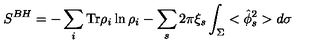
S ^ { B H } = - \sum _ { i } \mathrm { T r } \rho _ { i } \ln \rho _ { i } - \sum _ { s } 2 \pi \xi _ { s } \int _ { \Sigma } < \hat { \phi } _ { s } ^ { 2 } > d \sigma